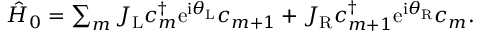
\begin{array} { r } { \hat { H } _ { 0 } = \sum _ { m } J _ { \mathrm { L } } c _ { m } ^ { \dagger } \mathrm { e } ^ { \mathrm { i } \theta _ { \mathrm { L } } } c _ { m + 1 } + J _ { \mathrm { R } } c _ { m + 1 } ^ { \dagger } \mathrm { e } ^ { \mathrm { i } \theta _ { \mathrm { R } } } c _ { m } . } \end{array}